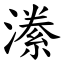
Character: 潫